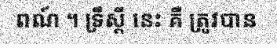
ពណ៍ ។ ទ្រឹស្តី នេះ គឺ ត្រូវបាន